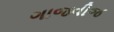
ગાજવીજ